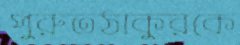
পুরুতঠাকুরকে